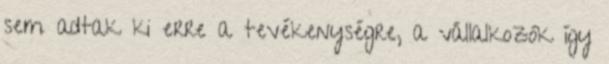
sem adtak ki erre a tevékenységre, a vállalkozók így